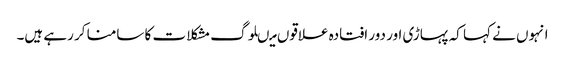
انہوں نے کہا کہ پہاڑی اور دور افتادہ علاقوں میںلوگ مشکلا ت کا سامنا کر رہے ہیں۔